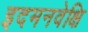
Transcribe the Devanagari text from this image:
इदमनवेक्षि